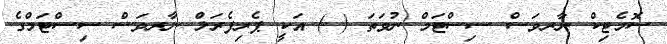
ސޮމެޓިކް ނާރވަސް ސިސްޓަމް ނުވަތަ ( ) އަކީ ޕެރިފެރަލް ނާރވަސް ސިސްޓަމްގެ